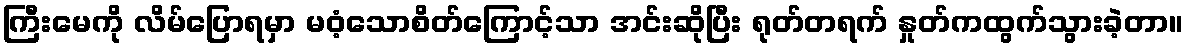
ကြီးမေကို လိမ်ပြောရမှာ မဝံ့သောစိတ်ကြောင့်သာ အင်းဆိုပြီး ရုတ်တရက် နှုတ်ကထွက်သွားခဲ့တာ။